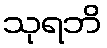
သုရဘိ